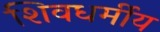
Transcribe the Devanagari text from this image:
शिवधर्मीय